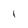
Character: 1